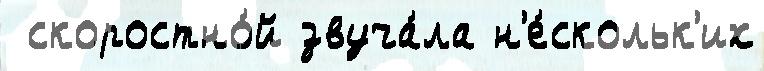
 скоростно́й звуча́ла н'е́скольк'их